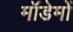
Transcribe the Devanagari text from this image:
मॉडेमों